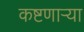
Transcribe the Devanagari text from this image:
कष्टणार्‍या